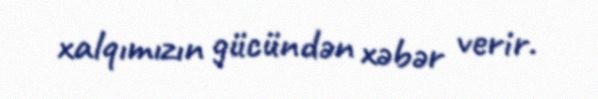
xalqımızın gücündən xəbər verir.